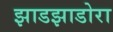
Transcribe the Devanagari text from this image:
झाडझाडोरा